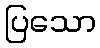
ပြသော